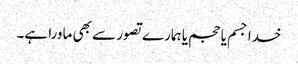
خدا جسم یا حجم یا ہمارے تصور سے بھی ماورا ہے۔